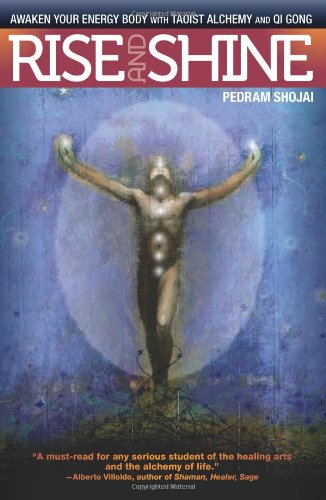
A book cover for Rise and Shine: Awaken Your Energy Body with Taoist Alchemy and Qi Gong; Pedram Shojai; Health, Fitness & Dieting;